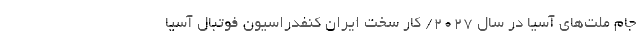
جام ملت‌های آسیا در سال ۲۰۲۷/ کار سخت ایران کنفدراسیون فوتبال آسیا